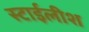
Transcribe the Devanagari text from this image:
स्टाईलीश